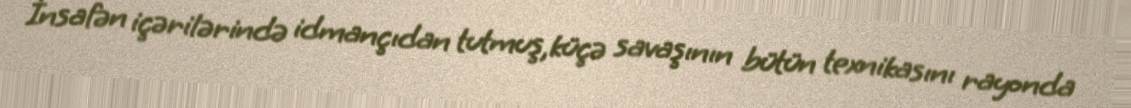
İnsafən içərilərində idmançıdan tutmuş,küçə savaşının bütün texnikasını rayonda